King Institute of Preventive Medicine Micro-Biological Section reports 1912-19
Year: 1912
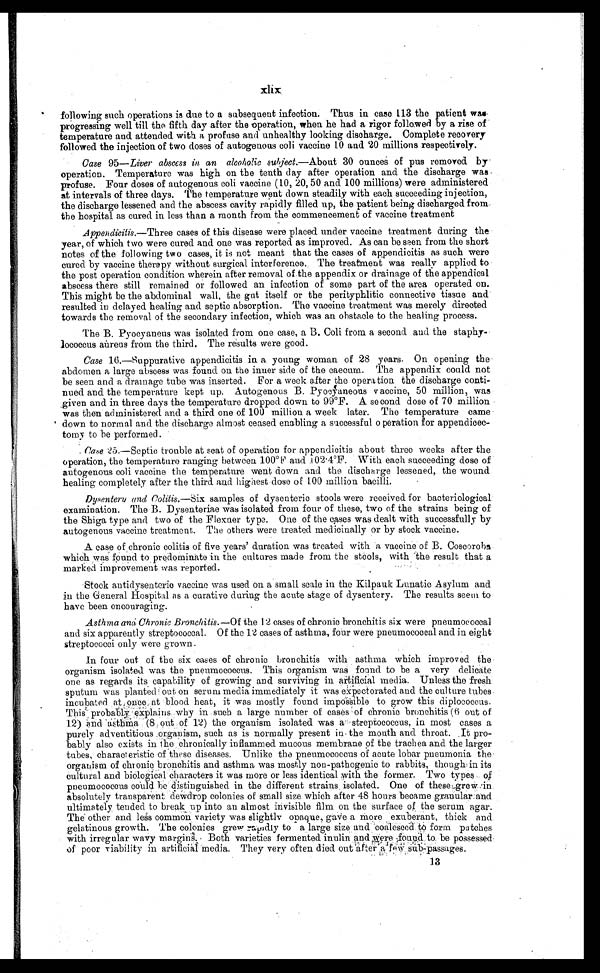
xlix
following such operations is due to a subsequent infection. Thus in case 113 the patient was
progressing well till the fifth day after the operation, when he had a rigor followed by a rise of
temperature and attended with a profuse and unhealthy looking discharge. Complete recovery
followed the injection of two doses of autogenous coli vaccine 10 and 20 millions respectively.
Case 95 —Liver abscess in an alcoholic subject.— About 30 ounces of pus removed by
operation. Temperature was high on the tenth day after operation and the discharge was
profuse. Four doses of autogenous coli vaccine (10, 20, 50 and 100 millions) were administered
at intervals of three days. The temperature went down steadily with each succeeding injection,
the discharge lessened and the abscess cavity rapidly filled up, the patient being discharged from
the hospital as cured in less than a month from the commencement of vaccine treatment
Appendicitis.— Three cases of this disease were placed under vaccine treatment during the
year, of which two were cured and one was reported as improved. As can be seen from the short
notes of the following two cases, it is not meant that the cases of appendicitis as such were
cured by vaccine therapy without surgical interference. The treatment was really applied to
the post operation condition wherein after removal of the appendix or drainage of the appendical
abscess there still remained or followed an infection of some part of the area operated on.
This might be the abdominal wall, the gut itself or the perityphlitic connective tissue and
resulted in delayed healing and septic absorption. The vaccine treatment was merely directed
towards the removal of the secondary infection, which was an obstacle to the healing process.
The B. Pyocyaneus was isolated from one case, a B. Coli from a second. and the staphy-
lococcus aureus from the third. The results were good.
Case 16.—Suppurative appendicitis in a young woman of 28 years. On opening the
abdomen a large abscess was found on the inner side of the caecum. The appendix could not
be seen and a dramage tube was inserted. For a week after the operation the discharge conti--
nued and the temperature kept up. Autogenous B. Pyocyneous vaccine, 50 million, was
given and in three days the temperature dropped down to 99°F. A second dose of 70 million
was then administered and a third one of 100 million a week later. The temperature came
down to normal and the discharge almost ceased enabling a successful o peration for appendicec--
tomy to be performed.
Case 25.—Septic trouble at seat of operation for appendicitis about three weeks after the
operation, the temperature ranging between 100°F and 1 02.4ºF. With each succeeding dose of
autogenous coli vaccine the temperature went down and the discharge lessened, the wound
healing completely after the third. and highest dose of 100 million bacilli.
Dysentery and Colitis.—Six samples of dysenteric stools were received for bacteriological
examination. The B. Dysenteriae was isolated from four of these, two of the strains being of
the Shiga type and two of the Flexner type. One of the cases was dealt with successfully by
autogenous vaccine treatment. The others were treated medicinally or by stock vaccine.
A case of chronic colitis of five years' duration was treated with a vaccine of B. Coscoroba
which was found to predominate in the cultures made from the stools, with the result that a
marked improvement was reported.
Stock antidysenteric vaccine was used on a small scale in the Kilpauk Lunatic Asylum and
in the General Hospital as a curative during the acute stage of dysentery. The results seem to
have been encouraging.
Asthma and Chronic Bronchitis.—of the 12 cases of chronic bronchitis six were pneumococcal
and six apparently streptococcal. Of the 12 cases of asthma, four were pneumococcal and in eight
streptococci only were grown.
In four out of the six cases of chronic bronchitis with asthma which improved the
organism isolated was the pnemococcus. This organism was found to be a very delicate
one as regards its capability of growing and surviving in artificial media. Unless the fresh
sputum was planted out on serum media immediately it was expectorated and the culture tubes.
incubated at once at blood heat, it was mostly found impossible to grow this diplococcus.
This probably explains why in such a large number of cases of chronic bronchitis (6 out of
12) and asthma (8 out of 12) the organism isolated was streptococcus, in most cases a
purely adventitious organism, such as is normally present in the mouth and throat. It pro--
bably also exists in the chronically inflammed mucous membrane of the trachea and the larger
tubes, characteristic of these diseases. Unlike the pneumococcus of acute lobar pneumonia the
organism of chronic bronchitis and asthma was mostly non-pathogenic to rabbits, though in its
cultural and biological characters it was more or less identical with the former. Two types of
pneumococcus could be distinguished in the different strains isolated. One of these grew in
absolutely transparent dewdrop colonies of small size which after 48 hours became granular and
ultimately tended to break up into an almost invisible film on the surface of the serum agar.
The other and less common variety was slightly opague, gave a more exuberant, thick and
gelatinous growth. The colonies grew rapidly to a large size and coalesced to form patches
with irregular wavy margins. Both varieties fermented inulin and were found to be possessed
of poor viability in artificial media. They very often died. out after a few sub-passages.
13